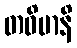
တဝိမာနိ